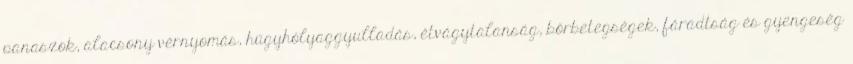
panaszok, alacsony vérnyomás, húgyhólyaggyulladás, étvágytalanság, bőrbetegségek, fáradtság és gyengeség